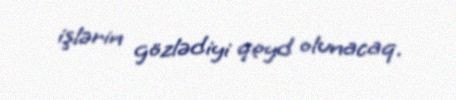
işlərin gözlədiyi qeyd olunacaq.